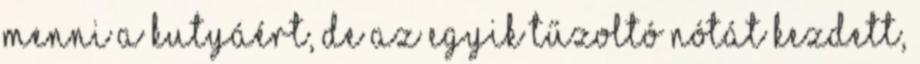
menni a kutyáért, de az egyik tűzoltó nótát kezdett,